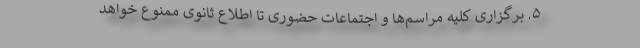
۵. برگزاری کلیه مراسم‌ها و اجتماعات حضوری تا اطلاع ثانوی ممنوع خواهد